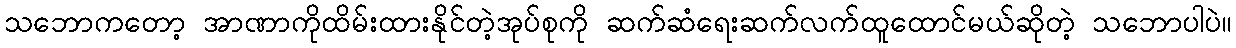
သဘောကတော့ အာဏာကိုထိမ်းထားနိုင်တဲ့အုပ်စုကို ဆက်ဆံရေးဆက်လက်ထူထောင်မယ်ဆိုတဲ့ သဘောပါပဲ။